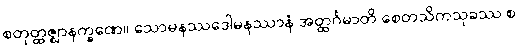
စတုတ္ထဇ္ဈာနက္ခဏေ။ သောမနဿဒေါမနဿာနံ အတ္ထင်္ဂမာတိ စေတသိကသုခဿ စ